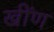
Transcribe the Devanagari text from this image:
खींण